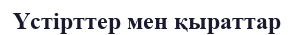
Үстірттер мен қыраттар